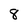
Character: 8